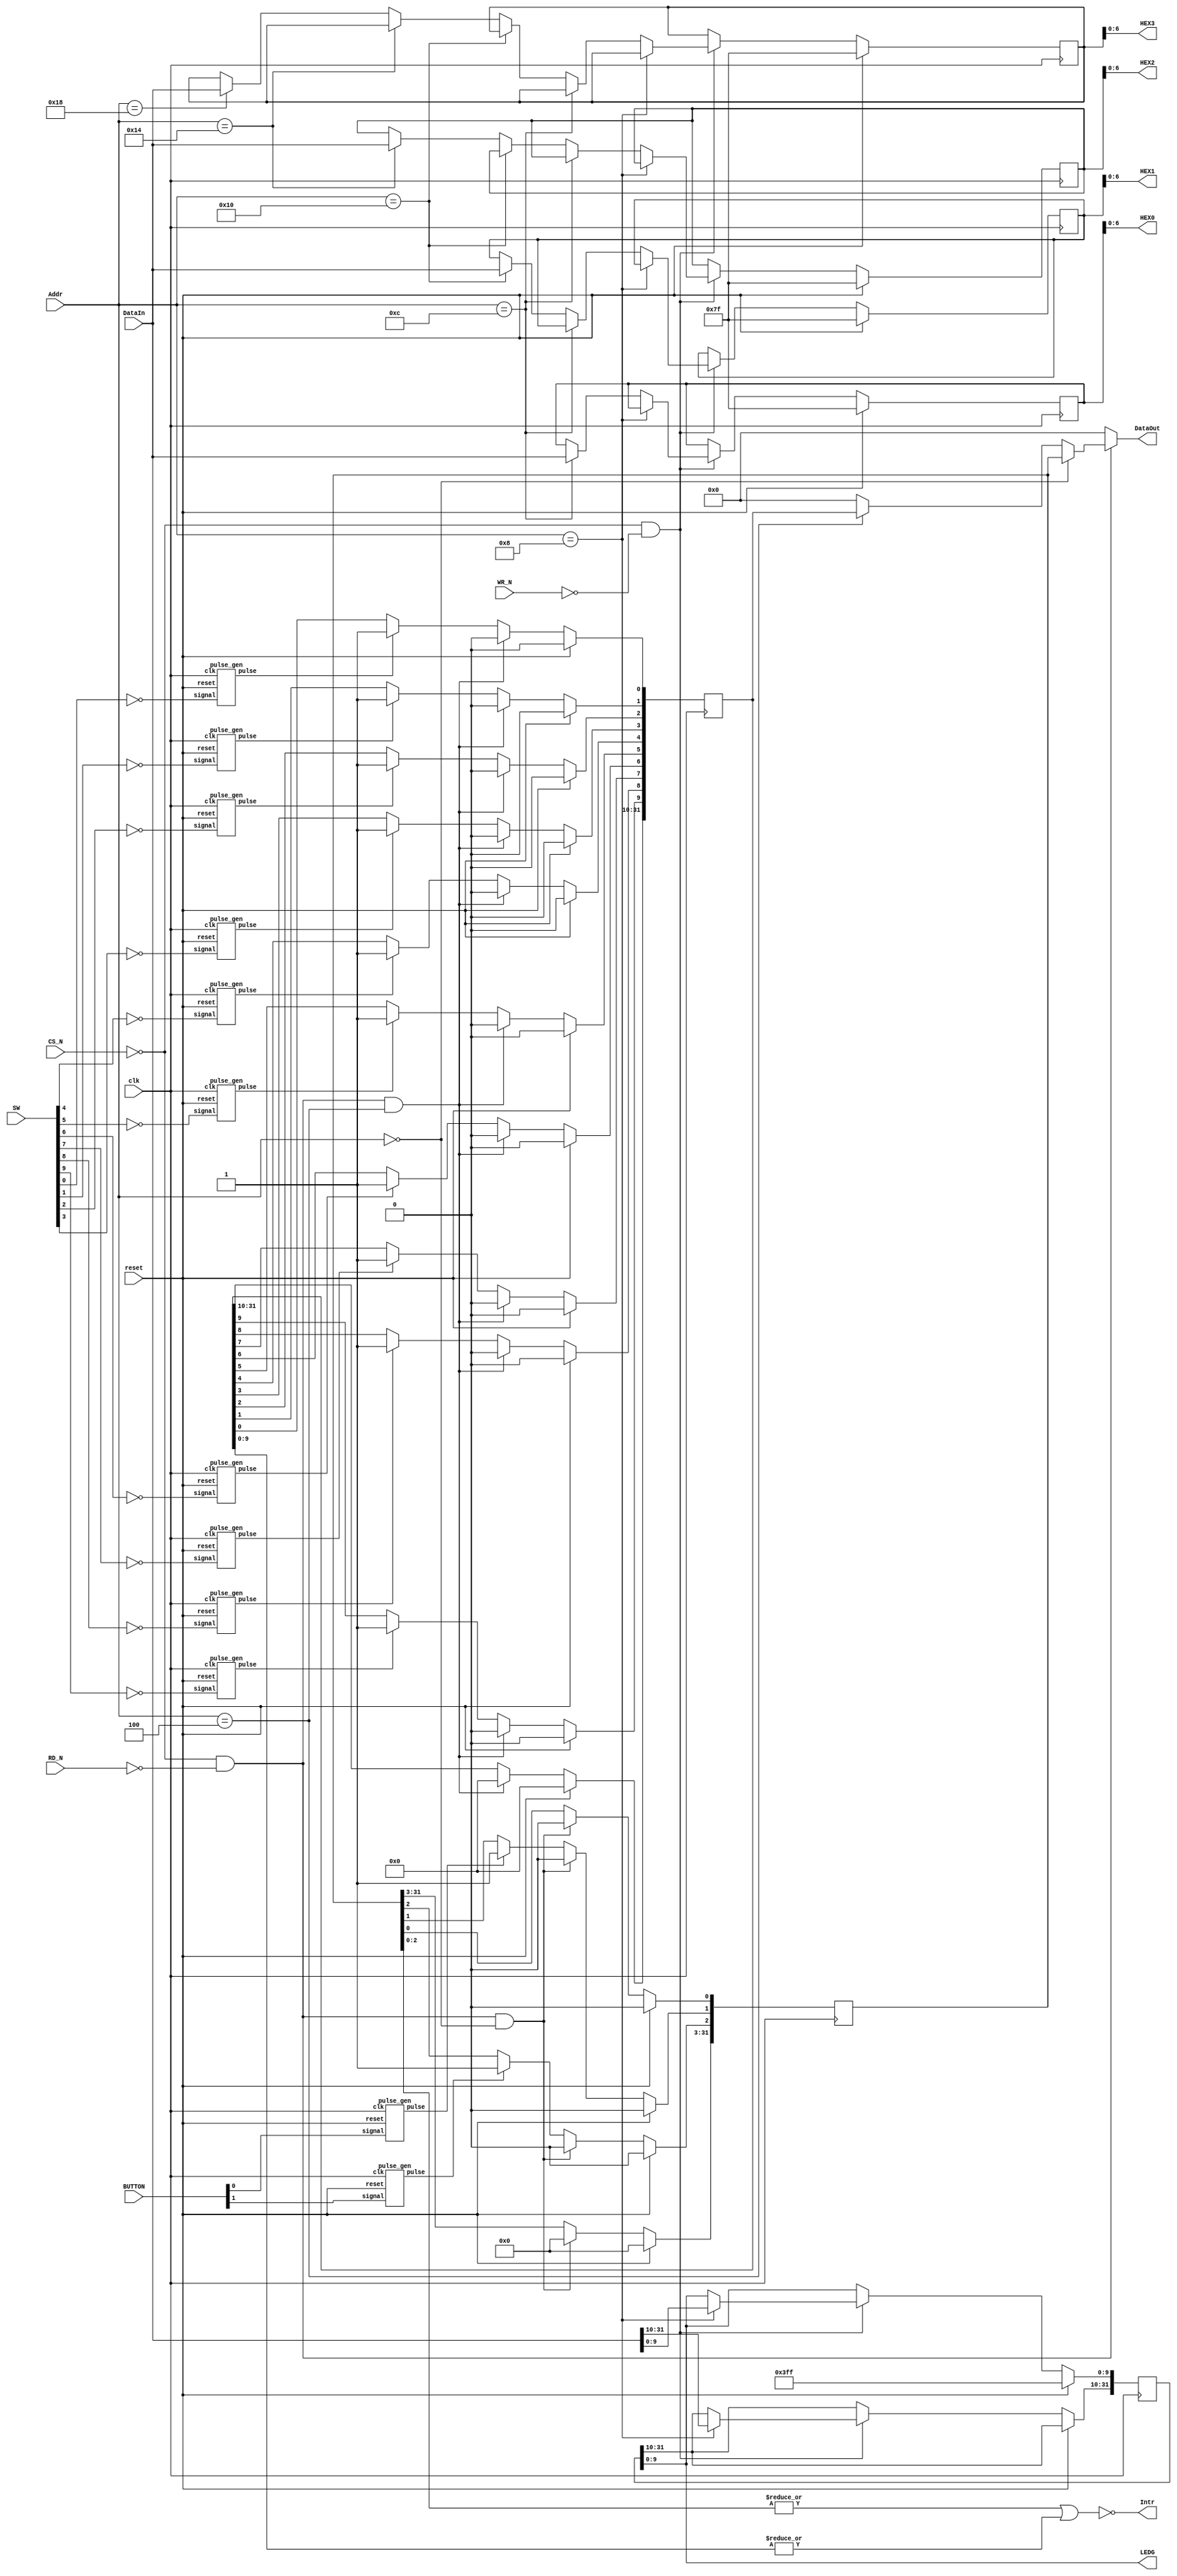
//
//          Computer Science & Engineering
//          Korea University
//  Description: GPIO (General-Purpose Input/Output) device
//

//
//  LEDG :	To turn off, write "0"
//		   	To turn on,  write "1"
//
//  HEX :	To turn off, write "1"
//       	To turn on, write "0" 
//
//         _0_
//       5|_6_|1
//       4|___|2
//          3
//
//  BUTTON : Push --> "0" 
//        	 Release --> "1"
//
//  SW: Down (towards the edge of the board)  --> "0"
//      Up --> "1"
//

`timescale 1ns/1ns

module GPIO(
  input clk,
  input reset,
  input CS_N,
  input RD_N,
  input WR_N,
  input       [11:0] 	Addr,
  input       [31:0]  DataIn,
  input       [2:1]	  BUTTON,
  input       [9:0]   SW,
  output reg  [31:0]  DataOut,
  output              Intr,
  output      [6:0]	  HEX3,
  output      [6:0]	  HEX2,
  output      [6:0]	  HEX1,
  output      [6:0]	  HEX0,
  output      [9:0]	  LEDG);

  reg [31:0] SW_StatusR;
  reg [31:0] BUTTON_StatusR;
  reg [31:0] LEDG_R;
  reg [31:0] HEX0_R;
  reg [31:0] HEX1_R;
  reg [31:0] HEX2_R;
  reg [31:0] HEX3_R;
  
  wire button1_pressed;
  wire button2_pressed;

  wire sw0_flipped;
  wire sw1_flipped;
  wire sw2_flipped;
  wire sw3_flipped;
  wire sw4_flipped;
  wire sw5_flipped;
  wire sw6_flipped;
  wire sw7_flipped;
  wire sw8_flipped;
  wire sw9_flipped;
  
//  Register Details
//  ========================================================
//  BASE:	0xFFFF_2000
//  OFFSET:	0x18	HEX3_R
//			0x14	HEX2_R
//  		0x10   	HEX1_R
//  		0x0C   	HEX0_R
//  		0x08   	LEDG_R
//  		0x04   	SW_StatusR
//  		0x00   	BUTTON_StatusR
//  --------------------------------------------------------
//  LEDG register (32bit) 
//  ZZZZ_ZZZ|LEDG8|_|LEDG7|LEDG6|LEDG5|LEDG4|_
//          |LEDG3|LEDG2|LEDG1|LEDG0|
//  --------------------------------------------------------
//  SW Status register (32bit)
//  ZZZZ_ZZZZ_ZZZZ_ZZZZ_ZZZZ_ZZ|SW9|SW8|_|SW7|SW6|SW5|SW4|_
//	|SW3|SW2|SW1|SW0|
//  --------------------------------------------------------
//  BUTTON Status register (32bit)
//  ZZZZ_ZZZZ_ZZZZ_ZZZZ_ZZZZ_ZZZZ_ZZZZ_Z|button2|button1|Z
//  ========================================================

   pulse_gen  button1 (clk, reset, BUTTON[1], button1_pressed);
   pulse_gen  button2 (clk, reset, BUTTON[2], button2_pressed);
   
   pulse_gen  sw0  (clk, reset, ~SW[0],  sw0_flipped);
   pulse_gen  sw1  (clk, reset, ~SW[1],  sw1_flipped);
   pulse_gen  sw2  (clk, reset, ~SW[2],  sw2_flipped);
   pulse_gen  sw3  (clk, reset, ~SW[3],  sw3_flipped);
   pulse_gen  sw4  (clk, reset, ~SW[4],  sw4_flipped);
   pulse_gen  sw5  (clk, reset, ~SW[5],  sw5_flipped);
   pulse_gen  sw6  (clk, reset, ~SW[6],  sw6_flipped);
   pulse_gen  sw7  (clk, reset, ~SW[7],  sw7_flipped);
   pulse_gen  sw8  (clk, reset, ~SW[8],  sw8_flipped);
   pulse_gen  sw9  (clk, reset, ~SW[9],  sw9_flipped);
   
  //BUTTON Status Register Write
  always @(posedge clk)
  begin
    if(reset)    BUTTON_StatusR  <= 0;
    else
    begin
      //BUTTON             
      if (~CS_N && ~RD_N && Addr[11:0] == 12'h000)
          BUTTON_StatusR  <= 0;
      else
      begin
         if(button1_pressed)   BUTTON_StatusR[1] <= 1'b1;
         if(button2_pressed)   BUTTON_StatusR[2] <= 1'b1;
      end
    end
  end

  //SW Status Register Write
  always @(posedge clk)
  begin
    if(reset)   SW_StatusR   <= 0;
    else
    begin
      if (~CS_N && ~RD_N && Addr[11:0] == 12'h004)
          SW_StatusR  <= 0;
      else
      begin
           //SW
           if(sw0_flipped)         SW_StatusR[0] <= 1'b1;
           if(sw1_flipped)         SW_StatusR[1] <= 1'b1;
           if(sw2_flipped)         SW_StatusR[2] <= 1'b1;
           if(sw3_flipped)         SW_StatusR[3] <= 1'b1;
           if(sw4_flipped)         SW_StatusR[4] <= 1'b1;
           if(sw5_flipped)         SW_StatusR[5] <= 1'b1;
           if(sw6_flipped)         SW_StatusR[6] <= 1'b1;
           if(sw7_flipped)         SW_StatusR[7] <= 1'b1;
           if(sw8_flipped)         SW_StatusR[8] <= 1'b1;
           if(sw9_flipped)         SW_StatusR[9] <= 1'b1;
      end
    end
  end
  
  
  
  // Register Read
  always @(*)
  begin
      if (~CS_N && ~RD_N) 
      begin
        if      (Addr[11:0] == 12'h000) DataOut <= BUTTON_StatusR;
        else if (Addr[11:0] == 12'h004) DataOut <= SW_StatusR;
        else                            DataOut <= 32'b0;
      end
      else                              DataOut <= 32'b0;
  end
  
  // Write Output Register
  always @(posedge clk)
  begin
    if(reset)
    begin                                        
        LEDG_R[9:0]	<= 10'h3FF;
        HEX0_R 		<= 7'b1111111;
        HEX1_R 		<= 7'b1111111;
        HEX2_R 		<= 7'b1111111;
        HEX3_R 		<= 7'b1111111;
    end
  
    else if(~CS_N && ~WR_N) 
    begin
      if       (Addr[11:0] == 12'h008)  LEDG_R  <= DataIn;
      else if  (Addr[11:0] == 12'h00C)  HEX0_R  <= DataIn;		   
		  else if  (Addr[11:0] == 12'h010)  HEX1_R  <= DataIn;
		  else if  (Addr[11:0] == 12'h014)  HEX2_R  <= DataIn;
		  else if  (Addr[11:0] == 12'h018)  HEX3_R  <= DataIn;
    end
  end         
   
	//output 
	assign LEDG[9:0]  = LEDG_R[9:0];
	assign HEX0       = HEX0_R[6:0];
	assign HEX1       = HEX1_R[6:0];
	assign HEX2       = HEX2_R[6:0];
	assign HEX3       = HEX3_R[6:0];
   
	assign Intr = ~((|BUTTON_StatusR[2:0]) || (|SW_StatusR[9:0])); 

endmodule



module pulse_gen(input clk, input reset, input signal, output pulse);

			reg [3:0] c_state;
			reg [3:0] n_state;

			parameter  S0  =  4'b0000;
			parameter  S1  =  4'b0001;
			parameter  S2  =  4'b0010;
			parameter  S3  =  4'b0011;
			parameter  S4  =  4'b0100;
			parameter  S5  =  4'b0101;
			parameter  S6  =  4'b0110;
			parameter  S7  =  4'b0111;
			parameter  S8  =  4'b1000;
			parameter  S9  =  4'b1001;
			parameter  S10 =  4'b1010;
			parameter  S11 =  4'b1011;
			parameter  S12 =  4'b1100;
			parameter  S13 =  4'b1101;
			parameter  S14 =  4'b1110;
			parameter  S15 =  4'b1111;

			always@ (posedge clk) // synchronous resettable flop-flops
			begin
				if(reset)	c_state <= S0;
				else			c_state <= n_state;
			end
			
			always@(*) // Next state logic
			begin
			case(c_state)
			S0 : 	if(~signal)	n_state <= S1;
				 	else	      n_state <= S0;

			S1 : 	if(~signal) n_state <= S2;
				 	else 			n_state <= S0;

			S2 : 	if(~signal)	n_state <= S3;
				 	else			n_state <= S0;

			S3 : 	if(~signal) n_state <= S4;
					else			n_state <= S0;

			S4 : 	if(~signal)	n_state <= S5;
					else			n_state <= S0;

			S5 : 	if(~signal) n_state <= S6;
					else			n_state <= S0;

			S6 : 	if(~signal)	n_state <= S7;
					else			n_state <= S0;

			S7 : 	if(~signal) n_state <= S8;
					else			n_state <= S0;

			S8 :	if(~signal)	n_state <= S9;
					else			n_state <= S0;

			S9 : 	if(~signal)	n_state <= S10;
					else			n_state <= S0;

			S10: 	if(~signal)	n_state <= S11;
					else			n_state <= S0;

			S11: 	if(~signal)	n_state <= S12;
					else			n_state <= S0;

			S12:	if(~signal) n_state <= S13;
					else 			n_state <= S0;

			S13: 	if(~signal) n_state <= S14;
		 			else			n_state <= S0;

			S14:	if(~signal) n_state <= S15;
					else			n_state <= S0;

			S15: 	if(signal)	n_state <= S0;
		 			else			n_state <= S15;
					   
			default:       	n_state <= S0;
			endcase
      end

		assign  pulse = (c_state == S14);

endmodule